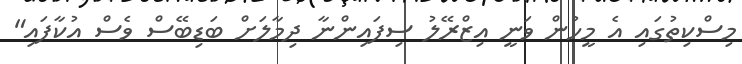
މިސްކިތުގައި އެ މީހުން ވަނީ އިޒްރޭލު ސިފައިންނާ ދިމާލަށް ބަޑިބޭސް ވެސް އުކާފައި"